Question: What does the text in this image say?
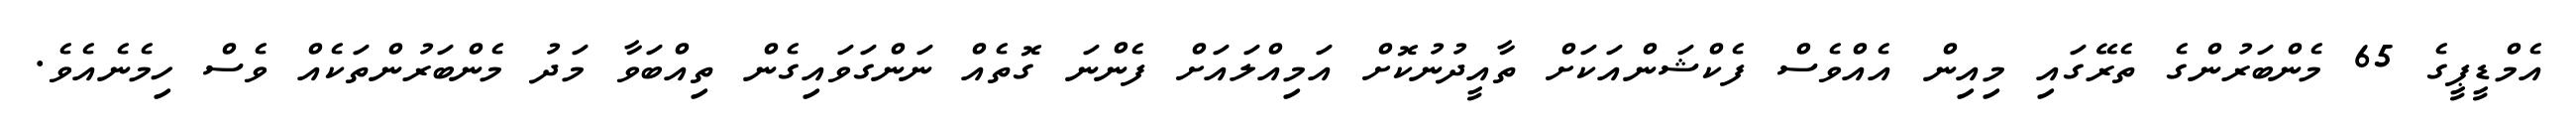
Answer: އެމްޑީޕީގެ 65 މެންބަރުންގެ ތެރޭގައި މިއިން އެއްވެސް ފެކްޝަންއަކަށް ތާއީދުނުކޮށް އަމިއްލައަށް ފެންނަ ގޮތެއް ނަންގަވައިގެން ތިއްބަވާ މަދު މެންބަރުންތަކެއް ވެސް ހިމެނެއެވެ.